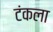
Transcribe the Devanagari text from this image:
टंकला